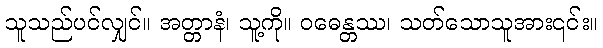
သူသည်ပင်လျှင်။ အတ္တာနံ၊ သူ့ကို။ ဝဓေန္တဿ၊ သတ်သောသူအား၎င်း။